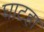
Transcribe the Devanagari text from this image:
घाटहा